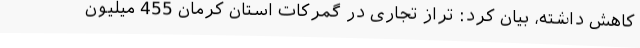
کاهش داشته، بیان کرد: تراز تجاری در گمرکات استان کرمان 455 میلیون